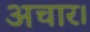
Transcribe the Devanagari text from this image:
अचार।